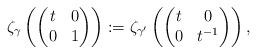
LaTeX: \begin{align*}\zeta_\gamma\left(\left(\begin{matrix}t&0\cr 0&1\end{matrix}\right)\right):=\zeta_{\gamma'}\left(\left(\begin{matrix}t&0\cr0&t^{-1}\end{matrix}\right)\right),\;\;\;\;\end{align*}